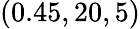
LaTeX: (0.45,20,5)